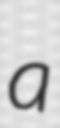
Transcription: a